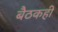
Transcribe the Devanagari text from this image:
बैठकही